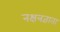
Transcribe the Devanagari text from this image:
नक्षत्रज्ञाता